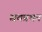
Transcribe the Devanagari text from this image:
स्रवप्रथम